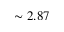
\sim 2 . 8 7